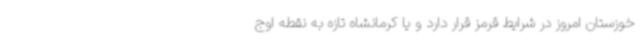
خوزستان امروز در شرایط قرمز قرار دارد و یا کرمانشاه تازه به نقطه اوج